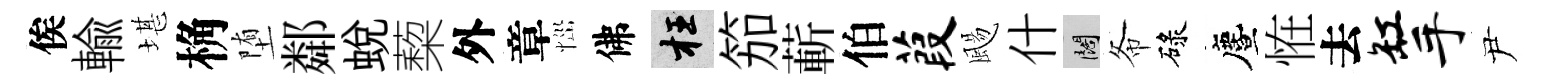
俟輸堪桷堕鄰蛻蔾外章𢙉佛枉笳蔪伯葭颺什闊𢁙碌󵨌恠去缸手尹